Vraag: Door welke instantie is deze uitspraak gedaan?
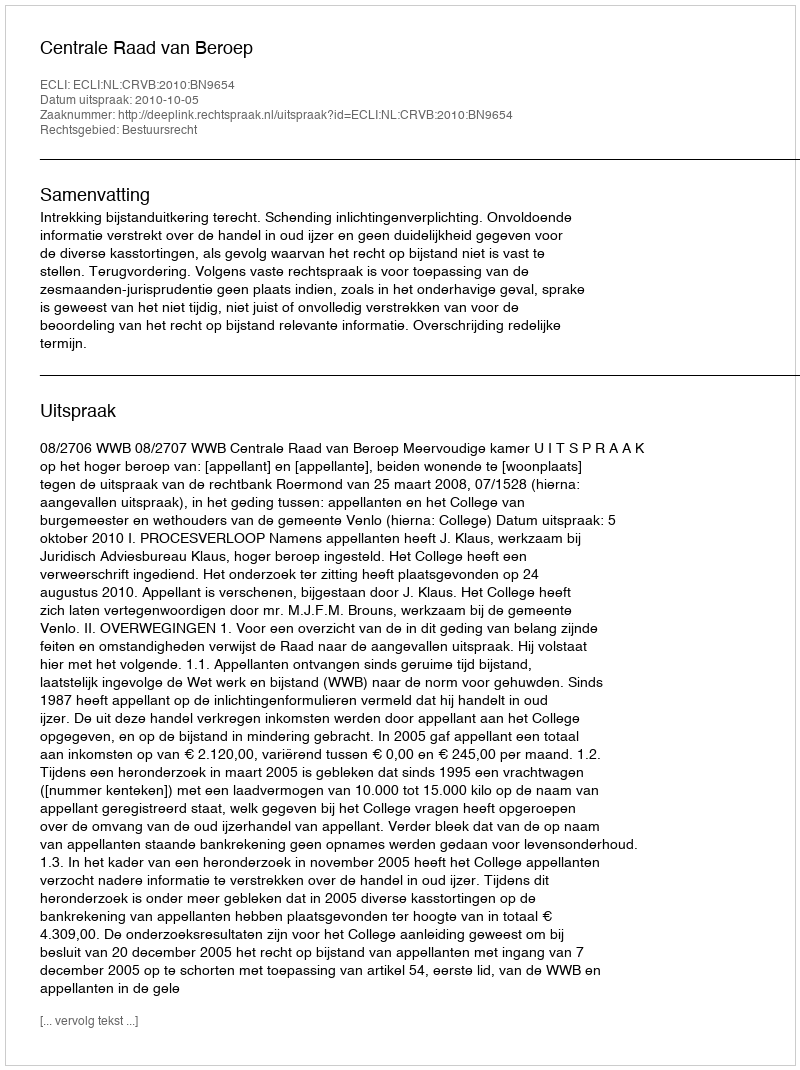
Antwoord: Centrale Raad van Beroep